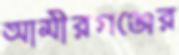
আমীরগঞ্জের